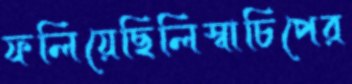
ফলিয়েছিলিস্বাচিপের